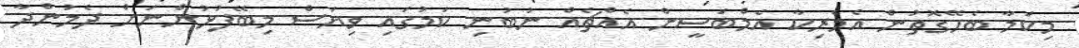
މިކަމާ ބެހޭގޮތުން އެމެރިކާ އެމްބަސީން އެއްޗެއް ނުބުނި ކަމުގައި ވިޔަސް މިބޭފުޅުންނަށް ދެމުންދާ